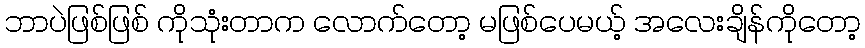
ဘာပဲဖြစ်ဖြစ် ကိုသုံးတာက လောက်တော့ မဖြစ်ပေမယ့် အလေးချိန်ကိုတော့